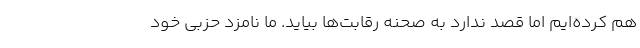
هم کرده‌ایم اما قصد ندارد به صحنه رقابت‌ها بیاید. ما نامزد حزبی خود